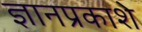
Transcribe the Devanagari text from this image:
ज्ञानप्रकाशे